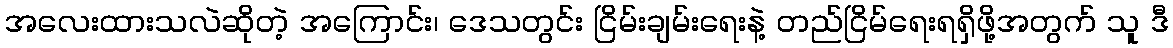
အလေးထားသလဲဆိုတဲ့ အကြောင်း၊ ဒေသတွင်း ငြိမ်းချမ်းရေးနဲ့ တည်ငြိမ်ရေးရရှိဖို့အတွက် သူ ဒီ